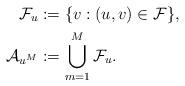
LaTeX: \begin{align*}\mathcal{F}_{u}&:=\{v:(u,v)\in\mathcal{F}\},\\\mathcal{A}_{u^M}&:=\bigcup_{m=1}^M \mathcal{F}_u.\end{align*}